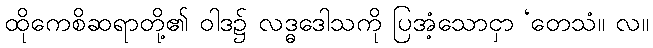
ထိုကေစိဆရာတို့၏ ဝါဒ၌ လဒ္ဓဒေါသကို ပြအံ့သောငှာ ‘တေသံ။ လ။